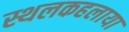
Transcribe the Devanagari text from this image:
स्थलकहलाया